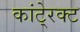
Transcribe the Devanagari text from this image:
कांटे्रक्ट